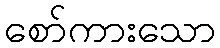
စော်ကားသော